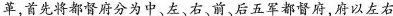
革，首先将都督府分为中、左、右、前、后五军都督府，府以左右